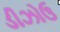
ડીઝોઉ